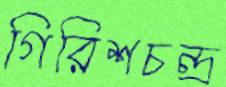
গিরিশচন্দ্র